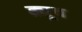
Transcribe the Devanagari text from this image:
ड्यूच